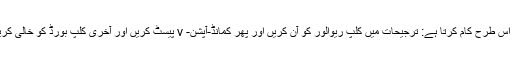
یہ اس طرح کام کرتا ہے: ترجیحات میں کلپ ریوالور کو آن کریں اور پھر کمانڈ-آپشن- v پیسٹ کریں اور آخری کلپ بورڈ کو خالی کریں۔